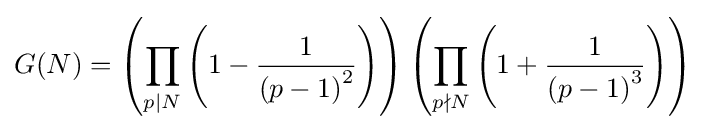
G(N)=\left(\prod _{p\mid N}\left(1-{1 \over {\left(p-1\right)}^{2}}\right)\right)\left(\prod _{p\nmid N}\left(1+{1 \over {\left(p-1\right)}^{3}}\right)\right)